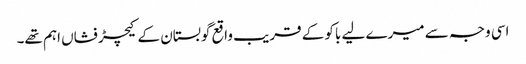
اسی وجہ سے میرے لیے باکو کے قریب واقع گوبستان کے کیچڑ فشاں اہم تھے۔